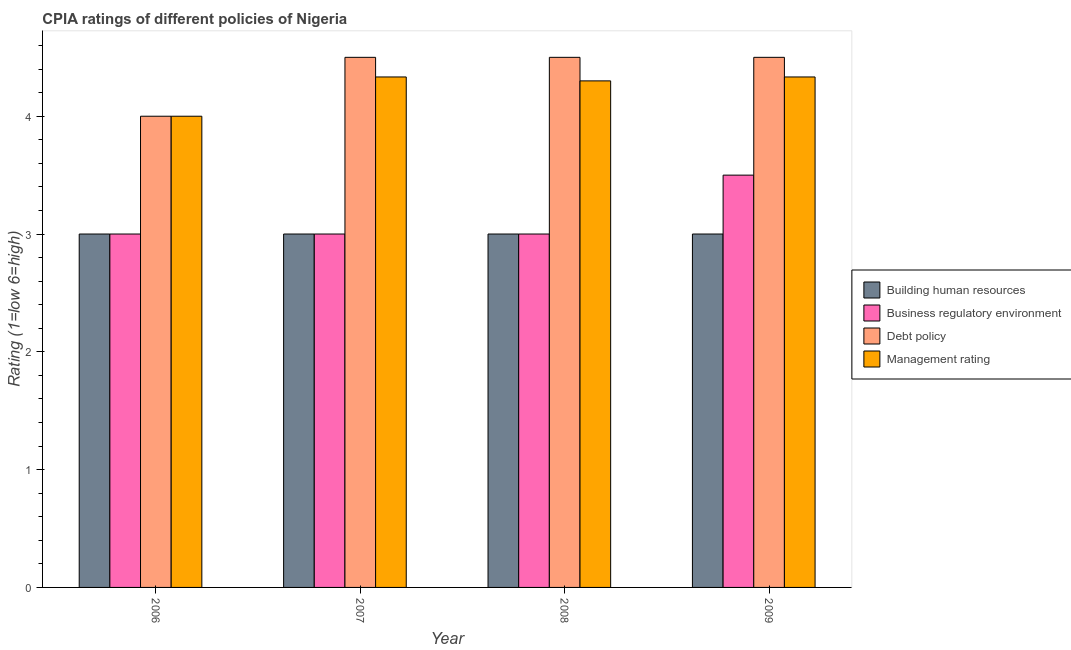
| Year | Building human resources | Business regulatory environment | Debt policy | Management rating |
 | --- | --- | --- | --- | --- |
 | 2006 | 3 | 3 | 4 | 4 |
 | 2007 | 3 | 3 | 4.5 | 4.33 |
 | 2008 | 3 | 3 | 4.5 | 4.3 |
 | 2009 | 3 | 3.5 | 4.5 | 4.33 |